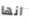
انها